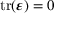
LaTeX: \mathrm { t r } ( { \boldsymbol { \varepsilon } } ) = 0